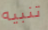
تنبيه